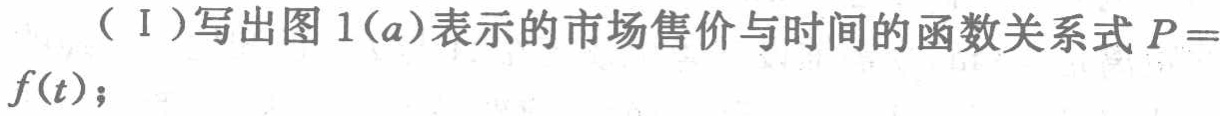
（Ⅰ）写出图 1(a)表示的市场售价与时间的函数关系式\(P = f(t)\)；